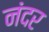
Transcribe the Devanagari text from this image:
नंदर